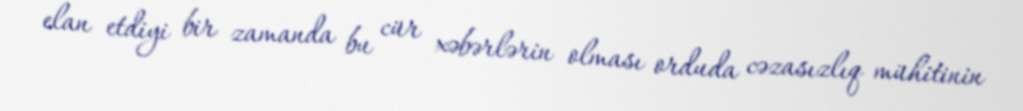
elan etdiyi bir zamanda bu cür xəbərlərin olması orduda cəzasızlıq mühitinin